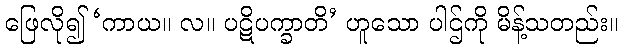
ဖြေလို၍ ‘ကာယ။ လ။ ပဋိပက္ခာတိ’ ဟူသော ပါဌ်ကို မိန့်သတည်း။